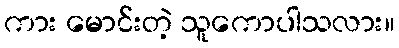
ကား မောင်းတဲ့ သူကောပါသလား။